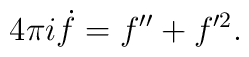
4\pi i \dot{f} = f'' + f'^2.